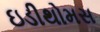
ઇડીથોમસ